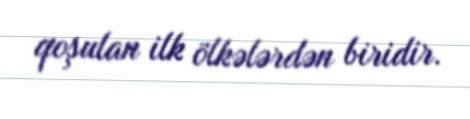
qoşulan ilk ölkələrdən biridir.